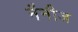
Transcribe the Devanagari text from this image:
नैनीज